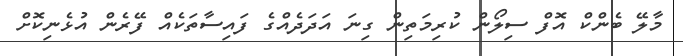
މާލޭ ބެންކް އޮފް ސިލޯން ކުރިމަތިން ގިނަ އަދަދެއްގެ ފައިސާތަކެއް ފޭރެން އުޅެނިކޮށް